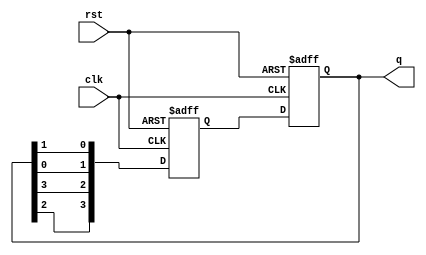
module johnson_counter (
    input  wire clk,
    input  wire rst,
    output reg [3:0] q
);

reg [3:0] next_q;

always @(posedge clk or posedge rst) begin
    if (rst) begin
        q <= 4'b0000;
    end else begin
        q <= next_q;
    end
end

always @(posedge clk or posedge rst) begin
    if (rst) begin
        next_q <= 4'b0111;
    end else begin
        next_q <= {q[2], q[3], q[0], q[1]}; // Shift the values in the counter
    end
end

endmodule